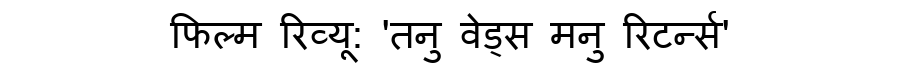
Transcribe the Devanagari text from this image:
फिल्म रिव्यू: 'तनु वेड्स मनु रिटर्न्स'